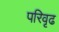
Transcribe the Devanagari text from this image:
परिवृढ